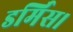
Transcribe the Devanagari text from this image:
डर्मिस।